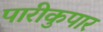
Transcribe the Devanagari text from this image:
पारीकुपार